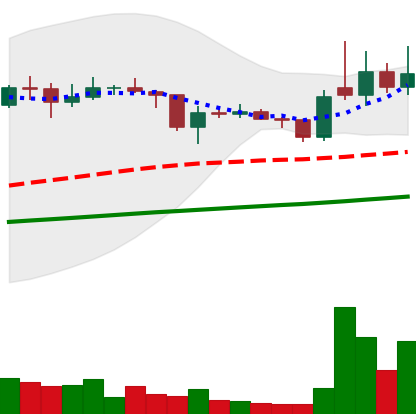
Ticker: XLM-USD
Chart end date: 2021-02-01
Forward return: 16.923%
Label: up_7plus